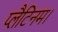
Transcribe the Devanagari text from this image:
प्लैटिनम।